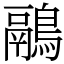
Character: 鷊